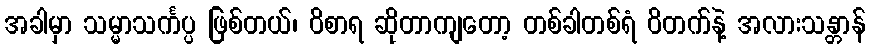
အခါမှာ သမ္မာသင်္ကပ္ပ ဖြစ်တယ်၊ ဝိစာရ ဆိုတာကျတော့ တစ်ခါတစ်ရံ ဝိတက်နဲ့ အလားသန္တာန်